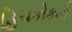
હિચકોકની